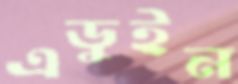
এডুইন